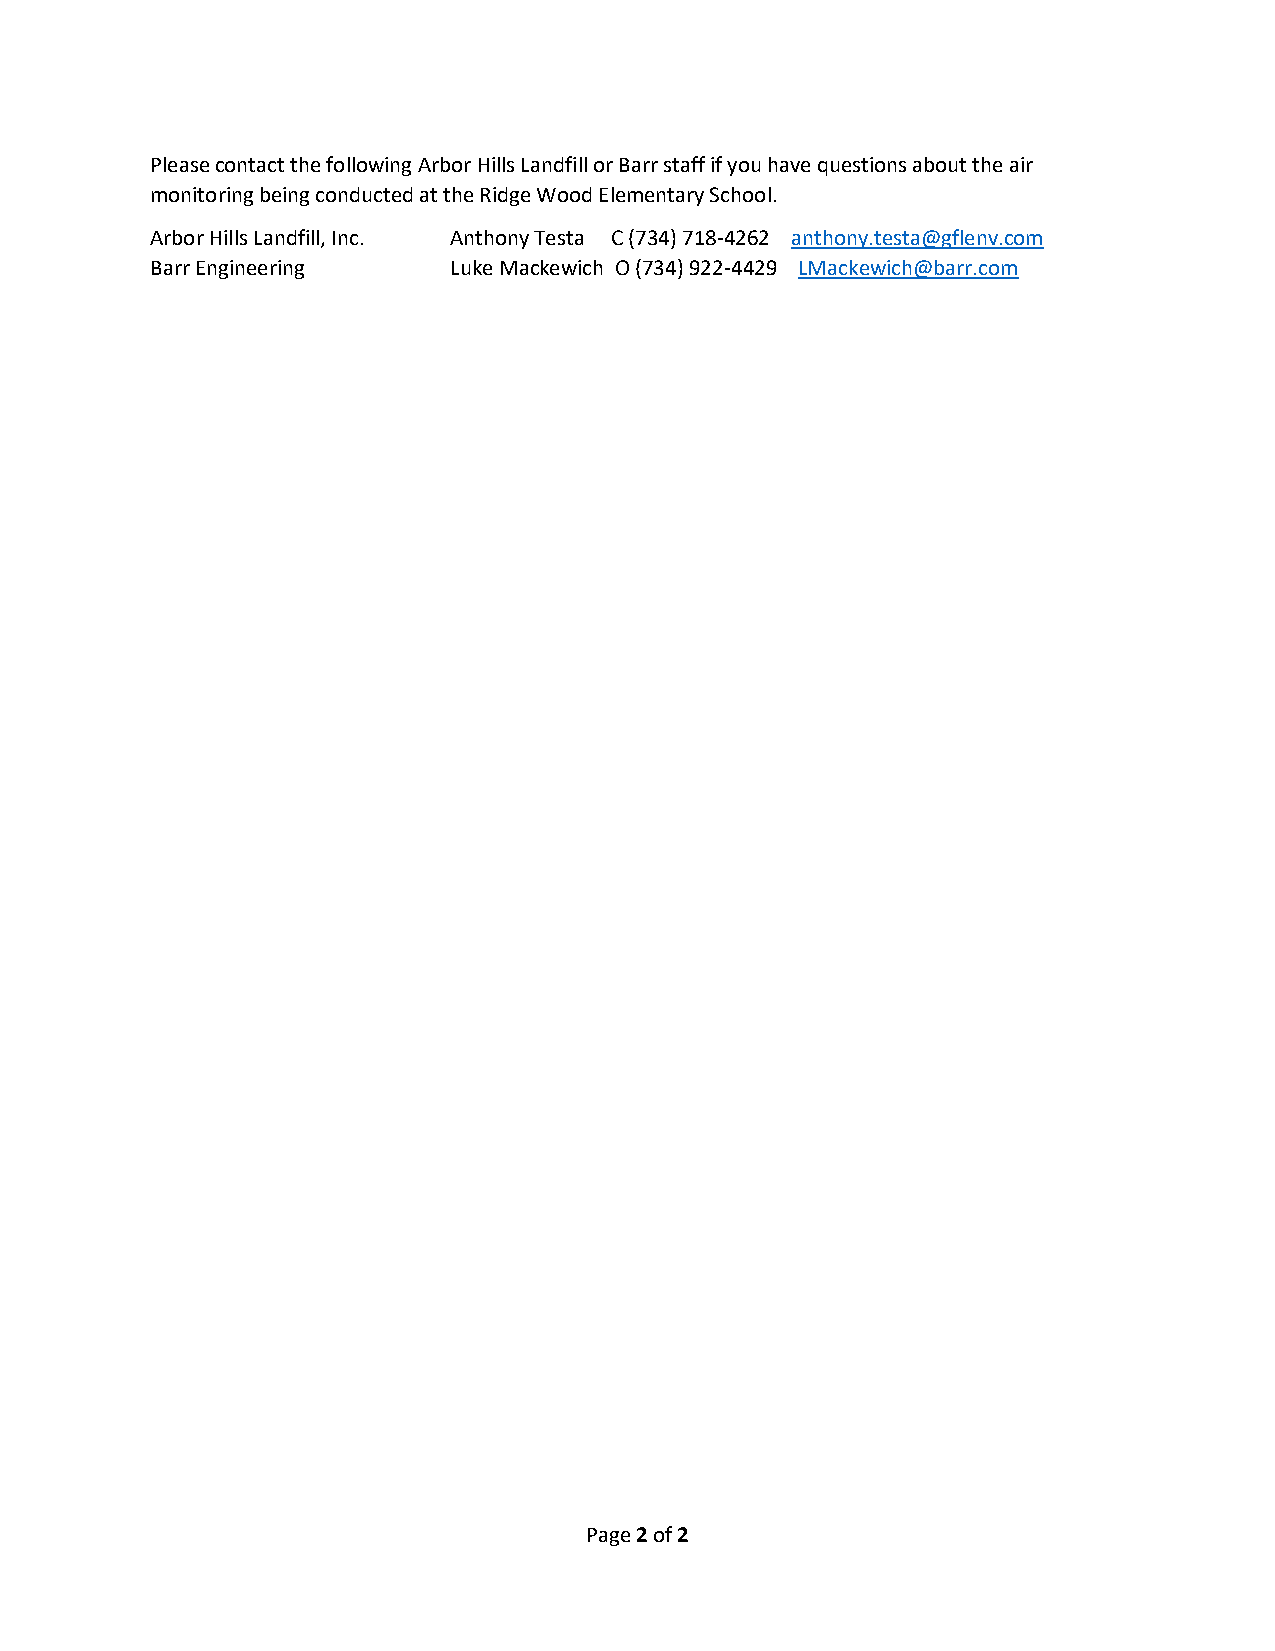
Please contact the following Arbor Hills Landfill or Barr staff if you have questions about the air
 monitoring being conducted at the Ridge Wood Elementary School.
 Arbor Hills Landfill, Inc. Anthony Testa C (734) 718-4262 anthony.testa@gflenv.com
 Barr Engineering    Luke Mackewich O (734) 922-4429 LMackewich@barr.com
 Page 2 of 2